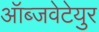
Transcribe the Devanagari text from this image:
ऑब्जवेटेयुर